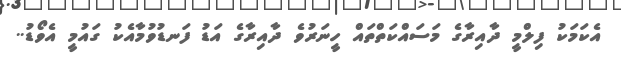
އެކަމަކު ފިލްމީ ދާއިރާގެ މަސައްކަތްތައް ހީނަރުވެ ދާއިރާގެ އަޑު ފަނޑުވުމާއެކު ގައުމީ އެވޯޑު..